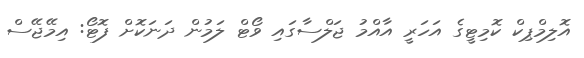
އޮލިމްޕިކް ކޮމިޓީގެ އަހަރީ އާއްމު ޖަލްސާގައި ވޯޓް ލަމުން ދަނަކޮށް ފޮޓޯ: އިމޭޖޭސް